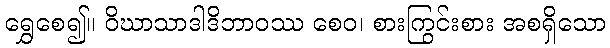
ရွှေစေ၍။ ဝိဃာသာဒါဒိဘာဝဿ စေဝ၊ စားကြွင်းစား အစရှိသော